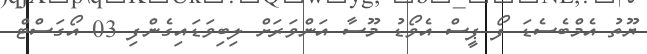
ޔޫތު އެމްބެސެޑަ ފޯ ޕީސް އެވޯޑު މޫސާ އަންވަރަށް ލިބިވަޑައިގެންފި 03 އޯގަސްޓް